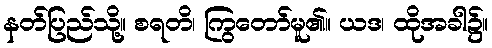
နတ်ပြည်သို့။ စရတိ၊ ကြွတော်မူ၏။ ယဒ၊ ထိုအခါ၌။